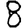
Digit: 8